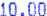
10.00